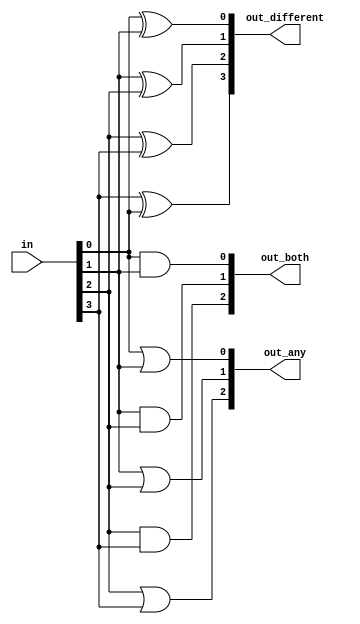
module top_module( 
    input [3:0] in,
    output [2:0] out_both,
    output [3:1] out_any,
    output [3:0] out_different 
);

    integer i;

    always @(*) begin
        for(i = 0; i<3; i++) begin
            out_both[i] = in[i] & in[i+1];
            out_any[i+1] = in[i] | in[i+1];
            out_different[i] = in[i] ^ in[i+1];
        end
        out_different[3] = in[3] ^ in[0];
    end

endmodule